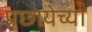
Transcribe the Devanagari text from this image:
प्रछायेच्या